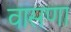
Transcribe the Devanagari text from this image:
वासणा